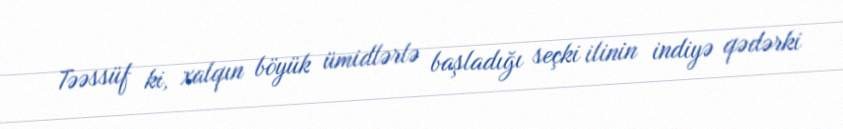
Təəssüf ki, xalqın böyük ümidlərlə başladığı seçki ilinin indiyə qədərki